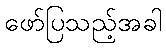
ဖော်ပြသည့်အခါ